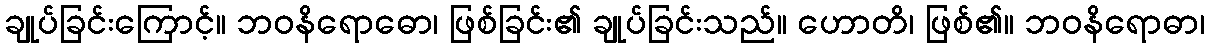
ချုပ်ခြင်းကြောင့်။ ဘဝနိရောဓော၊ ဖြစ်ခြင်း၏ ချုပ်ခြင်းသည်။ ဟောတိ၊ ဖြစ်၏။ ဘဝနိရောဓာ၊